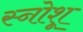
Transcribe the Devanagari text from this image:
स्नोशू